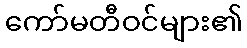
ကော်မတီဝင်များ၏